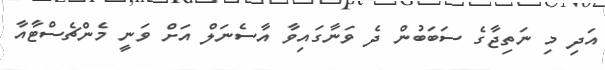
އަދި މި ނަތިޖާގެ ސަބަބުން ދެ ވަނާގައިވާ އާސެނަލް އަށް ވަނީ މެންޗެސްޓާއާ